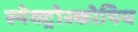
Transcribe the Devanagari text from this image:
स्पेक्ट्रोस्कोपिय